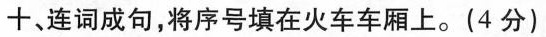
十、连词成句,将序号填在火车车厢上。(4 分)